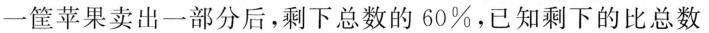
一筐苹果卖出一部分后，剩下总数的60%，已知剩下的比总数